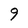
Character: 9